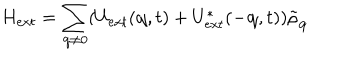
LaTeX: H _ { e x t } = \sum _ { { \bf { q } } \neq 0 } ( U _ { e x t } ( { \bf { q } } , t ) + U _ { e x t } ^ { * } ( - { \bf { q } } , t ) ) { \tilde { \rho } } _ { { \bf { q } } }